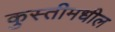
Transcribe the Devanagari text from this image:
कुस्तीमधील